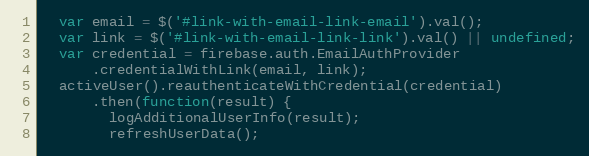
Language: JavaScript
  var email = $('#link-with-email-link-email').val();
  var link = $('#link-with-email-link-link').val() || undefined;
  var credential = firebase.auth.EmailAuthProvider
      .credentialWithLink(email, link);
  activeUser().reauthenticateWithCredential(credential)
      .then(function(result) {
        logAdditionalUserInfo(result);
        refreshUserData();